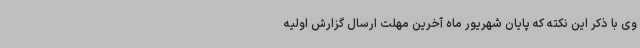
وی با ذکر این نکته که پایان شهریور ماه آخرین مهلت ارسال گزارش اولیه